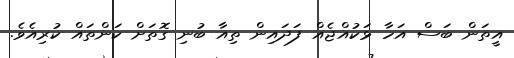
އީތަން ބަސް އަހާ ޅަކުއްޖެއް ފަދައިން ތިއާ ބުނި ގޮތަށް ކަންތައް ކުރިއެވެ.